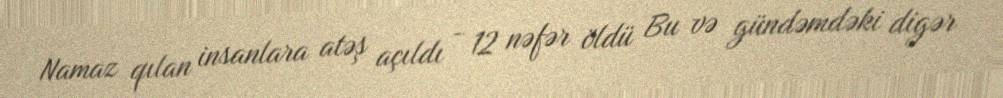
Namaz qılan insanlara atəş açıldı - 12 nəfər öldü Bu və gündəmdəki digər